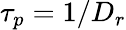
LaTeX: \tau_{p}=1/D_{r}